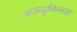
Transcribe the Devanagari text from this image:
अऊदुबिल्लाह